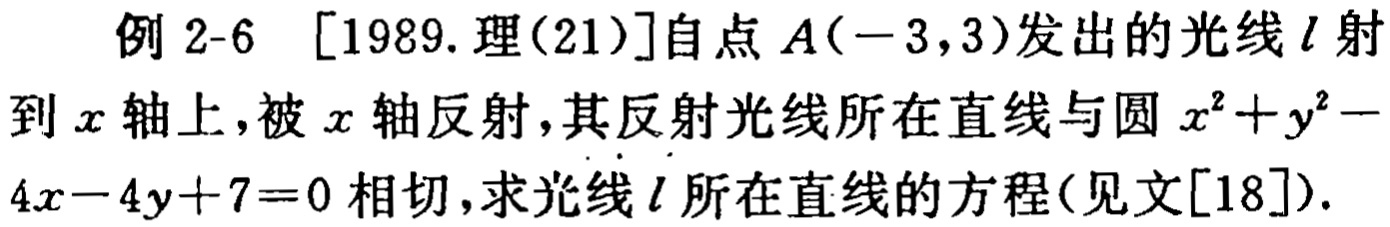
例 2-6 [1989.理(21)]自点 \(A(-3,3)\)发出的光线 \(l\)射到 \(x\)轴上，被 \(x\)轴反射，其反射光线所在直线与圆 \(x^{2}+y^{2}-4x - 4y + 7 = 0\)相切，求光线 \(l\)所在直线的方程(见文[18]).